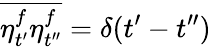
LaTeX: \overline{{\eta_{t^{\prime}}^{f}\eta_{t^{\prime\prime}}^{f}}}=\delta(t^{\prime}-t^{\prime\prime})